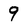
Character: 9